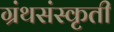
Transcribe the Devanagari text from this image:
ग्रंथसंस्कृती